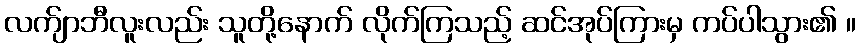
လက်ျာဘီလူးလည်း သူတို့နောက် လိုက်ကြသည့် ဆင်အုပ်ကြားမှ ကပ်ပါသွား၏ ။